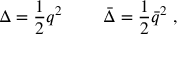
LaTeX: \Delta = { \frac { 1 } { 2 } } q ^ { 2 } \ \qquad \bar { \Delta } = { \frac { 1 } { 2 } } \bar { q } ^ { 2 } \ ,